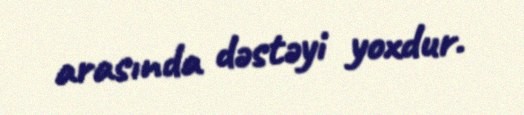
arasında dəstəyi yoxdur.